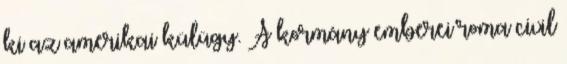
ki az amerikai külügy. A kormány emberei roma civil